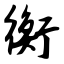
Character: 衡